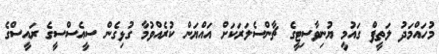
މުހައްމަދު ލަތީފް ގައުމީ ޔުނިވާސިޓީގެ ޗާންސެލަރަކަށް އައްޔަން ކުރެއްވުމާ ގުޅިގެން ސީއެސްސީގެ ރައީސްގެ